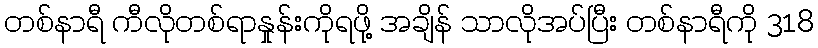
တစ်နာရီ ကီလိုတစ်ရာနှုန်းကိုရဖို့ အချိန် သာလိုအပ်ပြီး တစ်နာရီကို 318